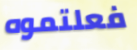
فعلتموه